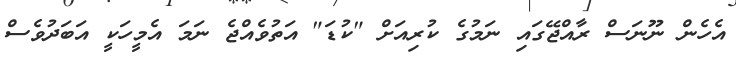
އެހެން ނޫނަސް ރާއްޖޭގައި ނަމުގެ ކުރިއަށް "ކުޑަ" އަތުވެއްޖެ ނަމަ އެމީހަކީ އަބަދުވެސް